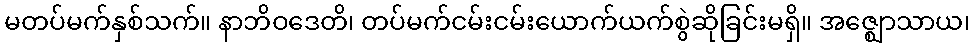
မတပ်မက်နှစ်သက်။ နာဘိဝဒေတိ၊ တပ်မက်ငမ်းငမ်းယောက်ယက်စွဲဆိုခြင်းမရှိ။ အဇ္ဈောသာယ၊